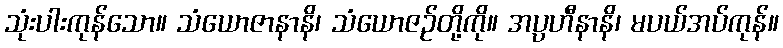
သုံးပါးကုန်သော။ သံယောဇာနာနိ၊ သံယောဇဉ်တို့ကို။ အပ္ပဟီနာနိ၊ မပယ်အပ်ကုန်။